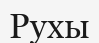
Рухы